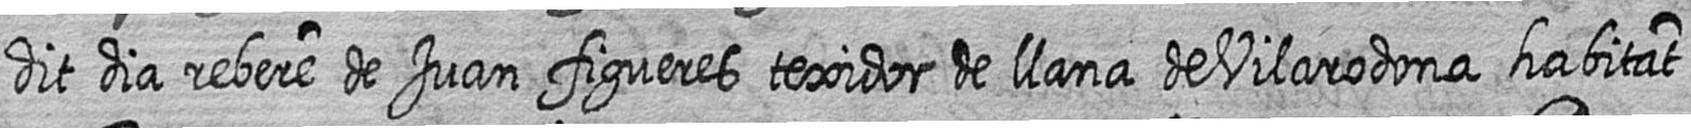
dit dia rebere de Juan figueres texidor de llana de Vilarodona habitat